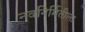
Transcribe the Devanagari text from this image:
नवनिर्मितीला